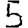
Digit: 5